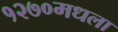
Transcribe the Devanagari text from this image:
१२७०मधला